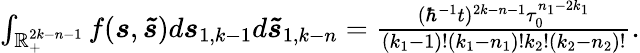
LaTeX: \begin{array}{r}{\int_{\mathbb{R}_{+}^{2k-n-1}}f(\boldsymbol{s},\boldsymbol{\tilde{s}})d\boldsymbol{s}_{1,k-1}d\boldsymbol{\tilde{s}}_{1,k-n}=\frac{(\hbar^{-1}t)^{2k-n-1}\tau_{0}^{n_{1}-2k_{1}}}{(k_{1}-1)!(k_{1}-n_{1})!k_{2}!(k_{2}-n_{2})!}.}\end{array}